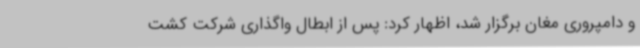
و دامپروری مغان برگزار شد، اظهار کرد: پس از ابطال واگذاری شرکت کشت